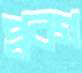
প্লবগ